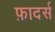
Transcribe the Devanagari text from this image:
फ़ादर्स